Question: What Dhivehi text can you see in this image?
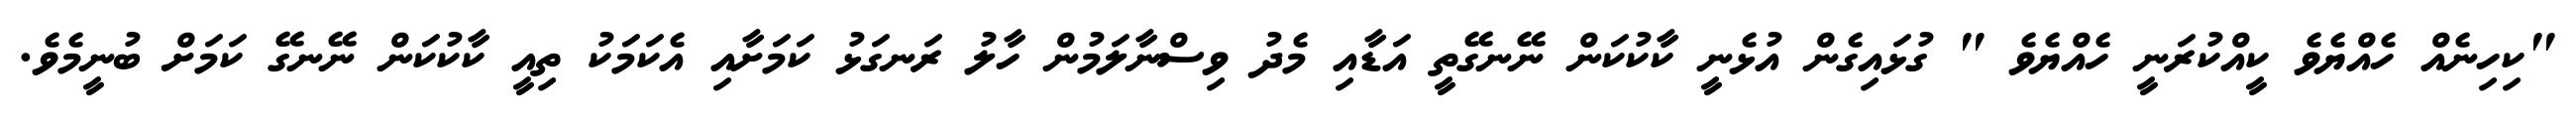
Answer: "ކިހިނެއް ހެއްޔެވެ ކީއްކުރަނީ ހެއްޔެވެ " ގުޅައިގެން އުޅެނީ ކާކުކަން ނޭނގޭތީ އަޑާއި މެދު ވިސްނާލަމުން ހާލު ރަނގަޅު ކަމަށާއި އެކަމަކު ތިއީ ކާކުކަން ނޭނގޭ ކަމަށް ބުނީމެވެ.